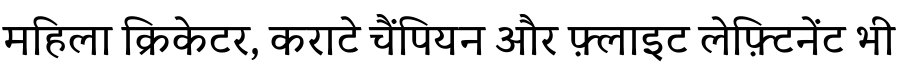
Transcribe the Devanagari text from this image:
महिला क्रिकेटर, कराटे चैंपियन और फ़्लाइट लेफ़्टिनेंट भी